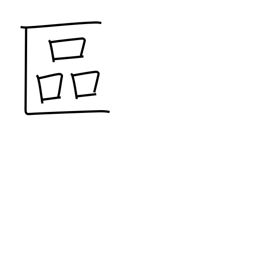
Meaning: ward